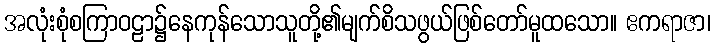
အလုံးစုံစကြာဝဠာ၌နေကုန်သောသူတို့၏မျက်စိသဖွယ်ဖြစ်တော်မူထသော။ ဧကရာဇာ၊